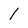
Character: 1